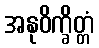
အနုဝိက္ခိတ္တံ